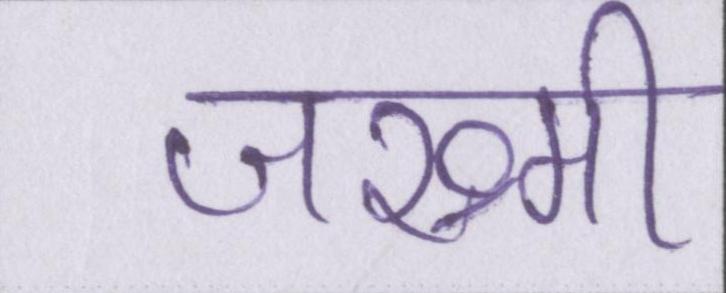
जख्मी